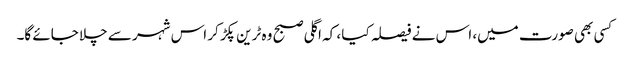
کسی بھی صورت میں، اس نے فیصلہ کیا ، کہ اگلی صبح وہ ٹرین پکڑ کر اس شہر سے چلا جائے گا۔